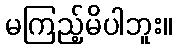
မကြည့်မိပါဘူး။